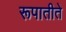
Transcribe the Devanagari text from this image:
रूपातीते